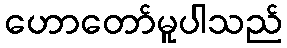
ဟောတော်မူပါသည်